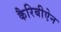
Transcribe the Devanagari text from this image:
कैरिबीऐन